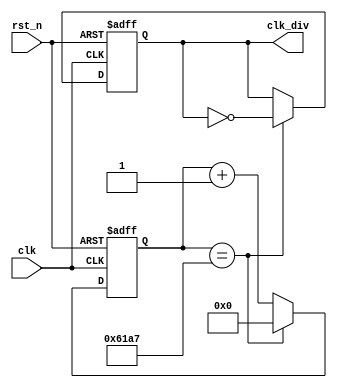
`define ENABLE  1'b1
`define ENABLE_ 1'b0

module clk_div_even (
    input   wire    clk,
    input   wire    rst_n,

    output  reg     clk_div
);

    parameter DIV   = 50000;
    parameter DIV_W = 15;

    reg [DIV_W-1:0] counter;

    always @(posedge clk, negedge rst_n) begin
        if (rst_n == `ENABLE_) begin
            counter <= 16'b0;
            clk_div <= 1'b0;
        end
        else if (counter == DIV/2-1) begin
            counter <= 16'b0;
            clk_div <= ~clk_div;
        end
        else 
            counter <= counter + 1'b1;
    end
    
endmodule